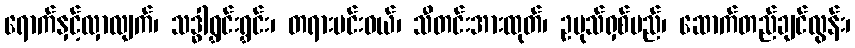
ရောက်နှင့်လှာလျက်၊ သဒ္ဓါရွှင်းရွှင်း၊ တရားမင်းဝယ်၊ သီတင်းအားထုတ်၊ ဥပုသ်ရှစ်မည်၊ ဆောက်တည်ချင်လွန်း၊